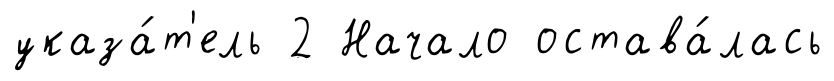
указа́т'ель 2 Начало остава́лась